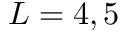
L = 4 , 5